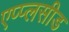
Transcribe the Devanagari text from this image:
एप्प्लसीड